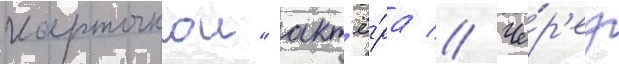
карточкои" акт'ё́ра // Че́р'ез